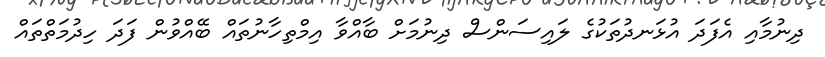
ދިނުމާއި އެފަދަ އުޅަނދުތަކުގެ ލައިސަންސް ދިނުމަށް ބާއްވާ އިމްތިހާނުތައް ބޭއްވުން ފަދަ ހިދުމަތްތައް